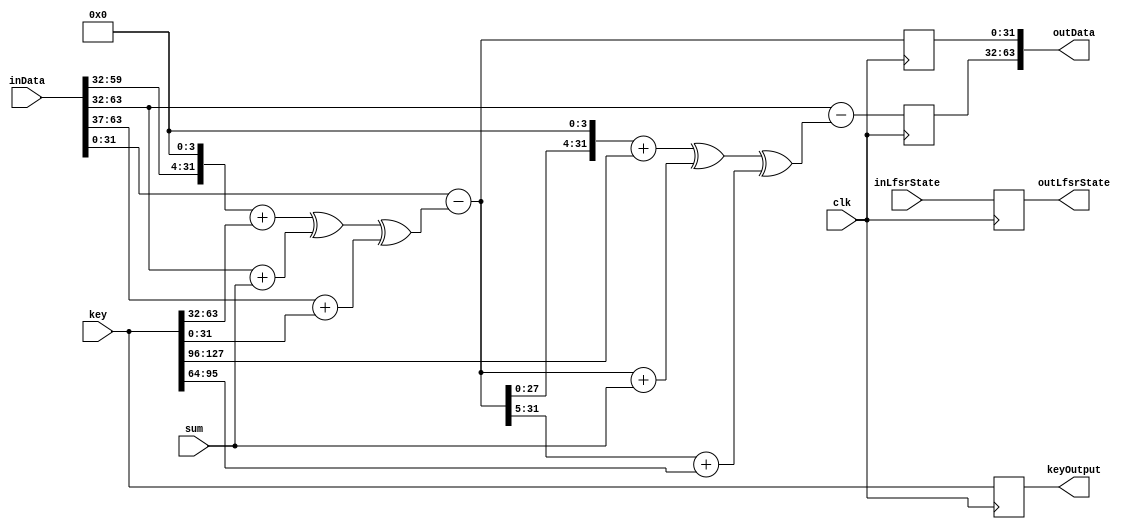
module singleTeaBlock(
	input	clk,
	input [30:0]inLfsrState,
	input [127:0]key,
	input [63:0]inData,
	input [31:0]sum,
	output [63:0]outData,
	output [30:0]outLfsrState,
	output [127:0]keyOutput
);
	reg [31:0] block1;
	reg [31:0] block2;
	reg [30:0] lfsrStateReg;
	reg [127:0] keyReg;
	
	always@(posedge clk)
	begin
		block2 = inData[31:0];
		block1 = inData[63:32];
		
		//block2 = block2 - (({block1[27:0],4'b0000}+key[63:32]) ^ (block1 + sum) ^ ({5'b00000,block1[31:5]}+key[31:0]));
		//block1 = block1 - (({block2[27:0],4'b0000}+key[127:96]) ^ (block2 + sum) ^ ({5'b00000,block2[31:5]}+key[95:64]));
		block2 = block2 - (((block1 << 4)+key[63:32]) ^ (block1 + sum) ^ ((block1 >> 5)+key[31:0]));
		block1 = block1 - (((block2 << 4)+key[127:96]) ^ (block2 + sum) ^ ((block2 >> 5)+key[95:64]));
		lfsrStateReg = inLfsrState;
		keyReg = key;
	end
	assign outData = {block1,block2};
	assign outLfsrState = lfsrStateReg;
	assign keyOutput = keyReg;
endmodule